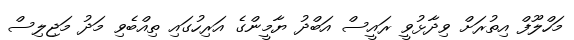
މަހްލޫފް އިތުރަށް ވިދާޅުވީ ރައީސް އަބްދު ޔާމީންގެ އަރިހުގައި ތިއްބެވި މަދު މަޖިލިސް